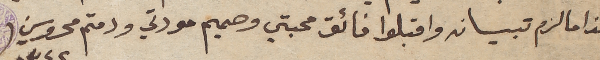
هذا ما لزم تبيانه واقبلوا فائق محبتي وصميم مودتي ودمتم محروسين